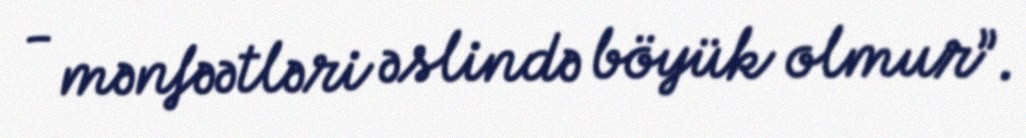
- mənfəətləri əslində böyük olmur”.